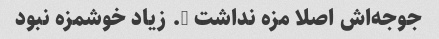
جوجه‌اش اصلا مزه نداشت …. زیاد خوشمزه نبود